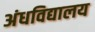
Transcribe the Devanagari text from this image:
अंधविद्यालय